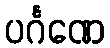
ပင်္ဂဏေ